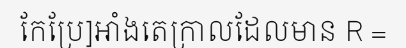
កែប្រែ]អាំងតេក្រាលដែលមាន R =